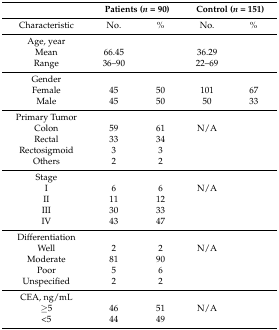
|  | <COLSPAN=2> Patients (n = 90) | <COLSPAN=2> Control (n = 151) |
 | --- | --- | --- | --- | --- |
 | Characteristic | No. | % | No. | % |
 | Age, year |  |  |  |  |
 | Mean | 66.45 |  | 36.29 |  |
 | Range | 36–90 |  | 22–69 |  |
 | Gender |  |  |  |  |
 | Female | 45 | 50 | 101 | 67 |
 | Male | 45 | 50 | 50 | 33 |
 | Primary Tumor |  |  |  |  |
 | Colon | 59 | 61 | N/A |  |
 | Rectal | 33 | 34 |  |  |
 | Rectosigmoid | 3 | 3 |  |  |
 | Others | 2 | 2 |  |  |
 | Stage |  |  |  |  |
 | I | 6 | 6 | N/A |  |
 | II | 11 | 12 |  |  |
 | III | 30 | 33 |  |  |
 | IV | 43 | 47 |  |  |
 | Differentiation |  |  |  |  |
 | Well | 2 | 2 | N/A |  |
 | Moderate | 81 | 90 |  |  |
 | Poor | 5 | 6 |  |  |
 | Unspecified | 2 | 2 |  |  |
 | CEA, ng/mL |  |  |  |  |
 | ≥5 | 46 | 51 | N/A |  |
 | <5 | 44 | 49 |  |  |